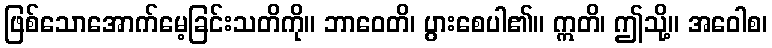
ဖြစ်သောအောက်မေ့ခြင်းသတိကို။ ဘာဝေတိ၊ ပွားစေပါ၏။ ဣတိ၊ ဤသို့။ အဝေါစ၊